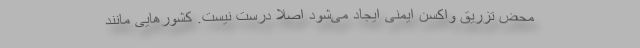
محض تزریق واکسن ایمنی ایجاد می‌شود اصلا درست نیست. کشورهایی مانند